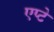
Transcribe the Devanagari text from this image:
एप्टे